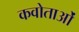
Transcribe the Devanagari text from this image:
कवोताओं